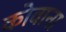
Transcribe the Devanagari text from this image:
कोवाना